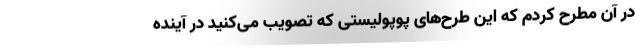
در آن مطرح کردم که این طرح‌های پوپولیستی که تصویب می‌کنید در آینده